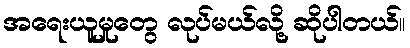
အရေးယူမှုတွေ လုပ်မယ်လို့ ဆိုပါတယ်။